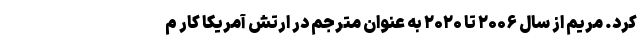
کرد. مریم از سال ۲۰۰۶ تا ۲۰۲۰ به عنوان مترجم در ارتش آمریکا کار م